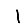
Digit: 1